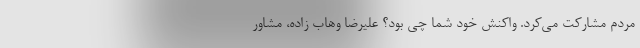
مردم مشارکت می‌کرد. واکنش خود شما چی بود؟ علیرضا وهاب زاده، مشاور